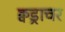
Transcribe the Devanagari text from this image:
क्वड्राचर